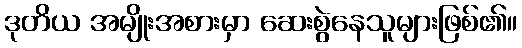
ဒုတိယ အမျိုးအစားမှာ ဆေးစွဲနေသူများဖြစ်၏။